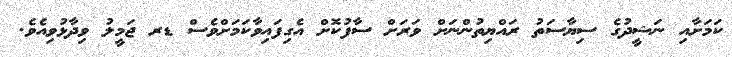
ކަމަށާއި ނަޝީދުގެ ސިޔާސަތު ރައްޔިތުންނަށް ވަރަށް ސާފުކޮށް އެގިފައިވާކަމަށްވެސް ޑރ ޖަމީލު ވިދާޅުވިއެވެ.